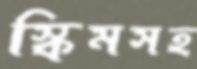
স্কিমসহ